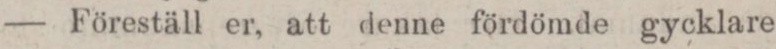
— Föreställ er, att denne fördömde gycklare